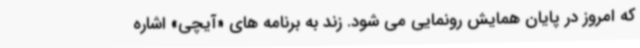
که امروز در پایان همایش رونمایی می شود. زند به برنامه های «آیچی» اشاره